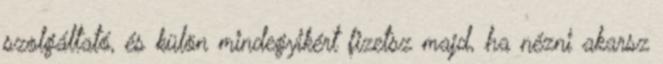
szolgáltató, és külön mindegyikért fizetsz majd, ha nézni akarsz